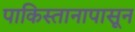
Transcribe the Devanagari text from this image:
पाकिस्तानापासून